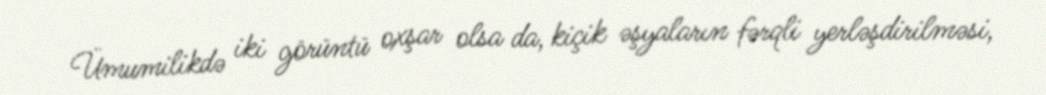
Ümumilikdə iki görüntü oxşar olsa da, kiçik əşyaların fərqli yerləşdirilməsi,